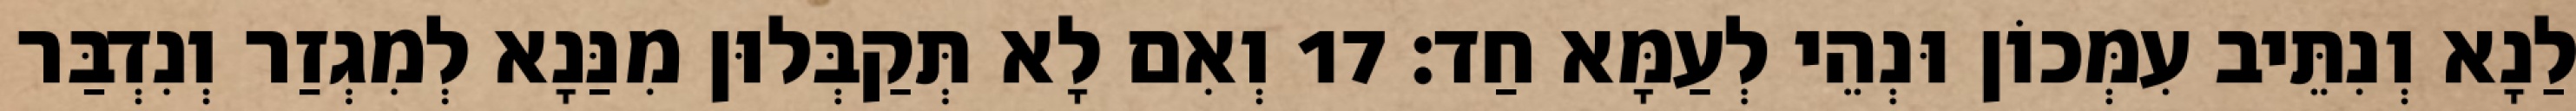
לַנָא וְנִתֵּיב עִמְּכוֹן וּנְהֵי לְעַמָּא חַד׃ 17 וְאִם לָא תְּקַבְּלוּן מִנַּנָא לְמִגְזַר וְנִדְבַּר